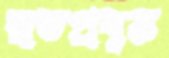
স্বতপ্রবৃত্ত